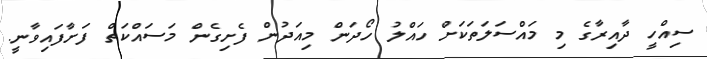
ސިއްހީ ދާއިރާގެ މި މައްސަލަތަކަށް ހައްލު ހޯދަން މިއަދުން ފެށިގެން މަސައްކަތް ފަށާފައިވާނީ.